Source: Handwritten
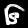
Digit: ၆ (6)